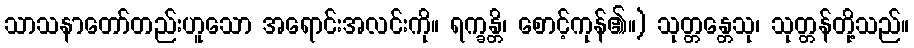
သာသနာတော်တည်းဟူသော အရောင်းအလင်းကို။ ရက္ခန္တိ၊ စောင့်ကုန်၏။) သုတ္တန္တေသု၊ သုတ္တန်တို့သည်။